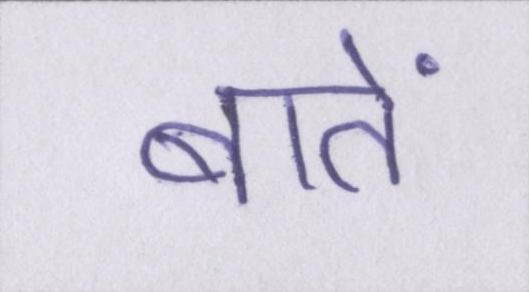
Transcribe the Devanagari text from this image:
बातें